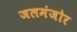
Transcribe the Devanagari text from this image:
जलमंजोर